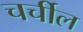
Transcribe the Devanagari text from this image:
चर्चील